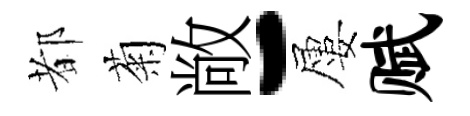
都菊敞-屢赋